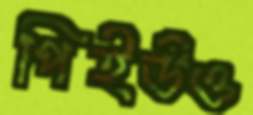
পিইউও